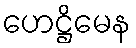
ဟေဋ္ဌိမေန